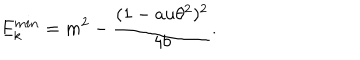
LaTeX: E _ { k } ^ { m i n } = m ^ { 2 } - \frac { ( 1 - a u \theta ^ { 2 } ) ^ { 2 } } { 4 b } .